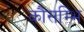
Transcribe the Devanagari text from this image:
कौसम्भि